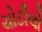
ચોટીલો